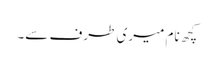
کچھ نام میری طرف سے۔